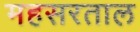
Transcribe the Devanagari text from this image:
महसरताल